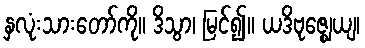
နှလုံးသားတော်ကို။ ဒိသွာ၊ မြင်၍။ ယဒိဗုဇ္ဈေယျ၊